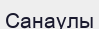
Санаулы